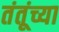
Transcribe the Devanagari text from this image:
तंतूंच्या